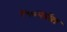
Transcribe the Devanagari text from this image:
१५०पर्यंत